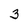
Character: 3